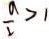
\frac { a } { 2 } > 1